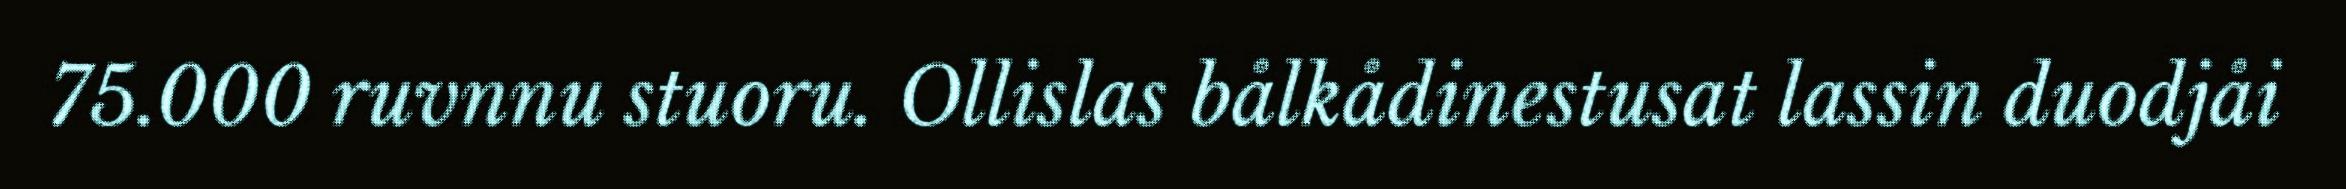
75.000 ruvnnu stuoru. Ollislas bålkådinestusat lassin duodjåi